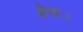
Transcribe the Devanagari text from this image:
हेगा।